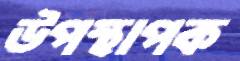
উপস্থাপক